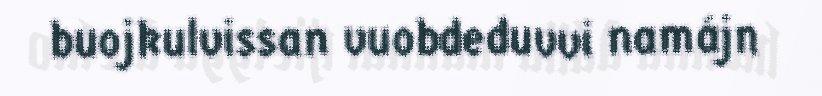
buojkulvissan vuobdeduvvi namájn